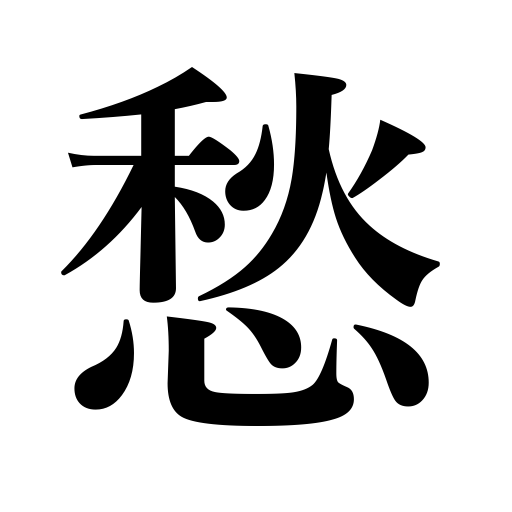
Meanings: grieve,unhappy,be anxious,sad,gloomy,lament